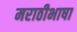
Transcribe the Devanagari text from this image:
मराठीभाषा